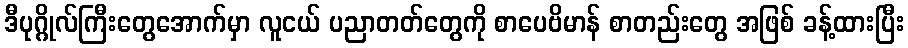
ဒီပုဂ္ဂိုလ်ကြီးတွေအောက်မှာ လူငယ် ပညာတတ်တွေကို စာပေဗိမာန် စာတည်းတွေ အဖြစ် ခန့်ထားပြီး